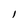
Character: l